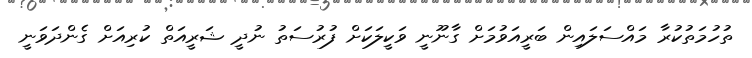
ތުހުމަތުކުރާ މައްސަލައިން ބަރީއަވުމަށް ގާނޫނީ ވަކީލަކަށް ފުރުސަތު ނުދީ ޝަރީއަތް ކުރިއަށް ގެންދަވަނީ